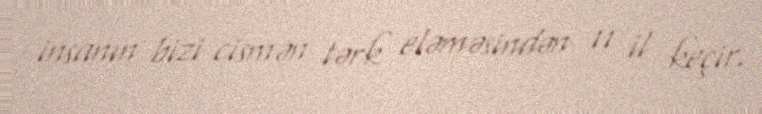
insanın bizi cismən tərk eləməsindən 11 il keçir.